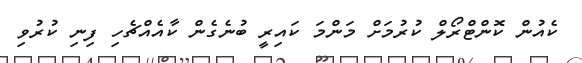
ކެއުން ކޮންޓްރޯލް ކުރުމަށް މަންމަ ކައިރީ ބުނެގެން ކާއެއްޗެހި ފިނި ކުރުވި